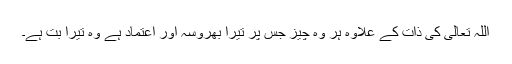
اللہ تعالیٰ کی ذات کے علاوہ ہر وہ چیز جس پر تیرا بھروسہ اور اعتماد ہے وہ تیرا بت ہے۔